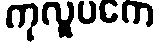
ကုလူပကေ